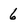
Character: 6